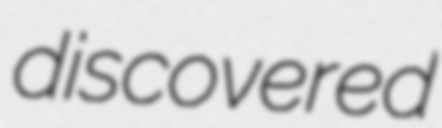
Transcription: discovered